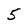
Character: 5